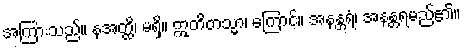
အကြားသည်။ နအတ္ထိ၊ မရှိ။ ဣတိတသ္မာ၊ ကြောင့်။ အနန္တရံ၊ အနန္တရမည်၏။